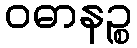
ဝဓာနဉ္စ